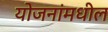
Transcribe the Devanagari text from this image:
योजनांमधील